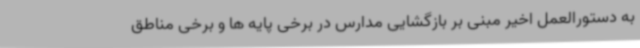
به دستورالعمل اخیر مبنی بر بازگشایی مدارس در برخی پایه ها و برخی مناطق